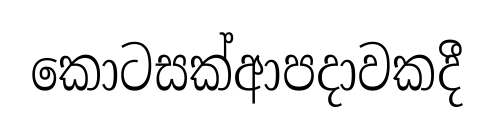
කොටසක්ආපදාවකදී